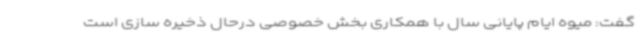
گفت: میوه ایام پایانی سال با همکاری بخش خصوصی درحال ذخیره سازی است